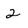
Character: 2